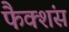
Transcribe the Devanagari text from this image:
फैक्शंस